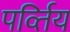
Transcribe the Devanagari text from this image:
पर्व्तिय